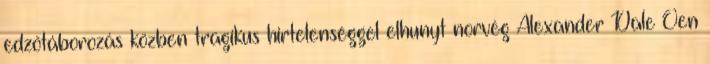
edzőtáborozás közben tragikus hirtelenséggel elhunyt norvég Alexander Dale Oen